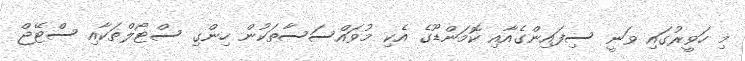
މި ހަވީރުގައި ވަނީ ސިފައިންގެއާއި ކޮމަންޑޫގެ އެކި މުވައްސަސާތަކުން ހިންގި ސްޓޯލްތަކާއި ސްޓޭޖް